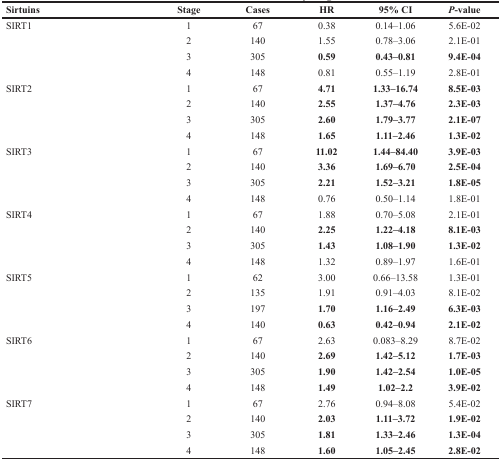
<table><thead><tr><td><b>Sirtuins</b></td><td><b>Stage</b></td><td><b>Cases</b></td><td><b>HR</b></td><td><b>95% CI</b></td><td><b><i>P</i>-value</b></td></tr></thead><tbody><tr><td>SIRT1</td><td>1</td><td>67</td><td>0.38</td><td>0.14–1.06</td><td>5.6E-02</td></tr><tr><td></td><td>2</td><td>140</td><td>1.55</td><td>0.78–3.06</td><td>2.1E-01</td></tr><tr><td></td><td>3</td><td>305</td><td><b>0.59</b></td><td><b>0.43–0.81</b></td><td><b>9.4E-04</b></td></tr><tr><td></td><td>4</td><td>148</td><td>0.81</td><td>0.55–1.19</td><td>2.8E-01</td></tr><tr><td>SIRT2</td><td>1</td><td>67</td><td><b>4.71</b></td><td><b>1.33–16.74</b></td><td><b>8.5E-03</b></td></tr><tr><td></td><td>2</td><td>140</td><td><b>2.55</b></td><td><b>1.37–4.76</b></td><td><b>2.3E-03</b></td></tr><tr><td></td><td>3</td><td>305</td><td><b>2.60</b></td><td><b>1.79–3.77</b></td><td><b>2.1E-07</b></td></tr><tr><td></td><td>4</td><td>148</td><td><b>1.65</b></td><td><b>1.11–2.46</b></td><td><b>1.3E-02</b></td></tr><tr><td>SIRT3</td><td>1</td><td>67</td><td><b>11.02</b></td><td><b>1.44–84.40</b></td><td><b>3.9E-03</b></td></tr><tr><td></td><td>2</td><td>140</td><td><b>3.36</b></td><td><b>1.69–6.70</b></td><td><b>2.5E-04</b></td></tr><tr><td></td><td>3</td><td>305</td><td><b>2.21</b></td><td><b>1.52–3.21</b></td><td><b>1.8E-05</b></td></tr><tr><td></td><td>4</td><td>148</td><td>0.76</td><td>0.50–1.14</td><td>1.8E-01</td></tr><tr><td>SIRT4</td><td>1</td><td>67</td><td>1.88</td><td>0.70–5.08</td><td>2.1E-01</td></tr><tr><td></td><td>2</td><td>140</td><td><b>2.25</b></td><td><b>1.22–4.18</b></td><td><b>8.1E-03</b></td></tr><tr><td></td><td>3</td><td>305</td><td><b>1.43</b></td><td><b>1.08–1.90</b></td><td><b>1.3E-02</b></td></tr><tr><td></td><td>4</td><td>148</td><td>1.32</td><td>0.89–1.97</td><td>1.6E-01</td></tr><tr><td>SIRT5</td><td>1</td><td>62</td><td>3.00</td><td>0.66–13.58</td><td>1.3E-01</td></tr><tr><td></td><td>2</td><td>135</td><td>1.91</td><td>0.91–4.03</td><td>8.1E-02</td></tr><tr><td></td><td>3</td><td>197</td><td><b>1.70</b></td><td><b>1.16–2.49</b></td><td><b>6.3E-03</b></td></tr><tr><td></td><td>4</td><td>140</td><td><b>0.63</b></td><td><b>0.42–0.94</b></td><td><b>2.1E-02</b></td></tr><tr><td>SIRT6</td><td>1</td><td>67</td><td>2.63</td><td>0.083–8.29</td><td>8.7E-02</td></tr><tr><td></td><td>2</td><td>140</td><td><b>2.69</b></td><td><b>1.42–5.12</b></td><td><b>1.7E-03</b></td></tr><tr><td></td><td>3</td><td>305</td><td><b>1.90</b></td><td><b>1.42–2.54</b></td><td><b>1.0E-05</b></td></tr><tr><td></td><td>4</td><td>148</td><td><b>1.49</b></td><td><b>1.02–2.2</b></td><td><b>3.9E-02</b></td></tr><tr><td>SIRT7</td><td>1</td><td>67</td><td>2.76</td><td>0.94–8.08</td><td>5.4E-02</td></tr><tr><td></td><td>2</td><td>140</td><td><b>2.03</b></td><td><b>1.11–3.72</b></td><td><b>1.9E-02</b></td></tr><tr><td></td><td>3</td><td>305</td><td><b>1.81</b></td><td><b>1.33–2.46</b></td><td><b>1.3E-04</b></td></tr><tr><td></td><td>4</td><td>148</td><td><b>1.60</b></td><td><b>1.05–2.45</b></td><td><b>2.8E-02</b></td></tr></tbody></table>